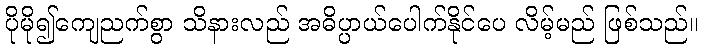
ပိုမို၍ကျေညက်စွာ သိနားလည် အဓိပ္ပာယ်ပေါက်နိုင်ပေ လိမ့်မည် ဖြစ်သည်။